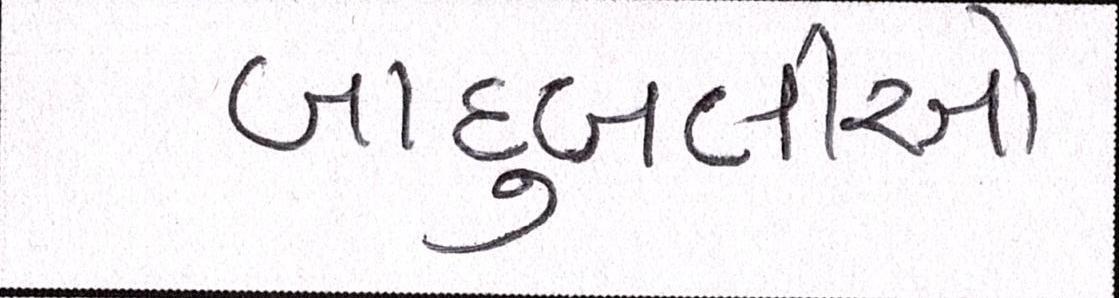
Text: બાદુબલીઓ